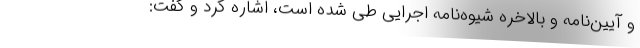
و آیین‌نامه و بالاخره شیوه‌نامه اجرایی طی شده است، اشاره کرد و گفت: